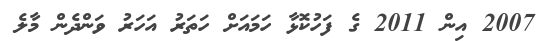
2007 އިން 2011 ގެ ފަހުކޮޅާ ހަމައަށް ހަތަރު އަހަރު ވަންދެން މާލެ